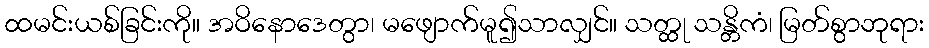
ထမင်းယစ်ခြင်းကို။ အဝိနောဒေတွာ၊ မဖျောက်မူ၍သာလျှင်။ သတ္ထု သန္တိကံ၊ မြတ်စွာဘုရား